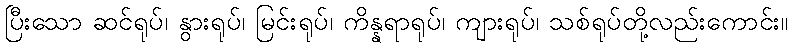
ပြီးသော ဆင်ရုပ်၊ နွားရုပ်၊ မြင်းရုပ်၊ ကိန္နရာရုပ်၊ ကျားရုပ်၊ သစ်ရုပ်တို့လည်းကောင်း။